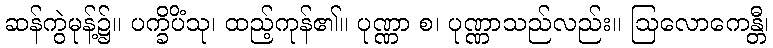
ဆန်ကွဲမုန့်၌။ ပက္ခိပိံသု၊ ထည့်ကုန်၏။ ပုဏ္ဏာ စ၊ ပုဏ္ဏာသည်လည်း။ ဩလောကေန္တီ၊